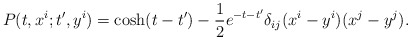
\begin{align*}P(t,x^i;t',y^i) =\cosh(t-t') - {1 \over 2} e^{-t-t'} \delta_{ij} (x^i-y^i)(x^j-y^j).\end{align*}